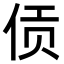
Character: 𫢟